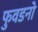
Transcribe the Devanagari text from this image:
फुवडनो